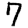
Digit: 7